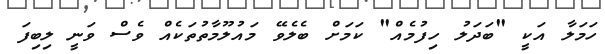
ހަމަލާ އަކީ "ބަދަލު ހިފުމެއް" ކަމަށް ބެލެވޭ މައުލޫމާތުތަކެއް ވެސް ވަނީ ލިބިފަ